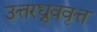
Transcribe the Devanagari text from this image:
उत्तरध्रुववृत्त